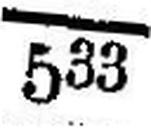
533